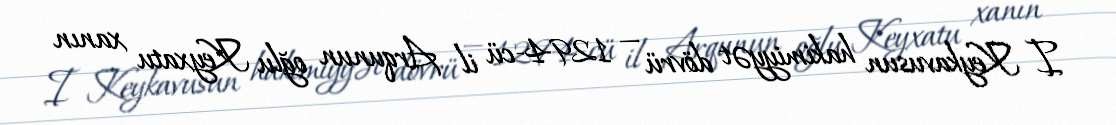
I Keykavusun hakimiyyət dövrü — 1294-cü il Arqunun oğlu Keyxatu xanın